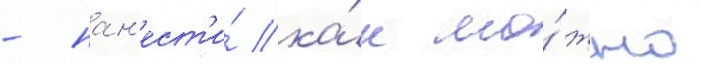
- нан'ест'и́ ка́к мо́жно